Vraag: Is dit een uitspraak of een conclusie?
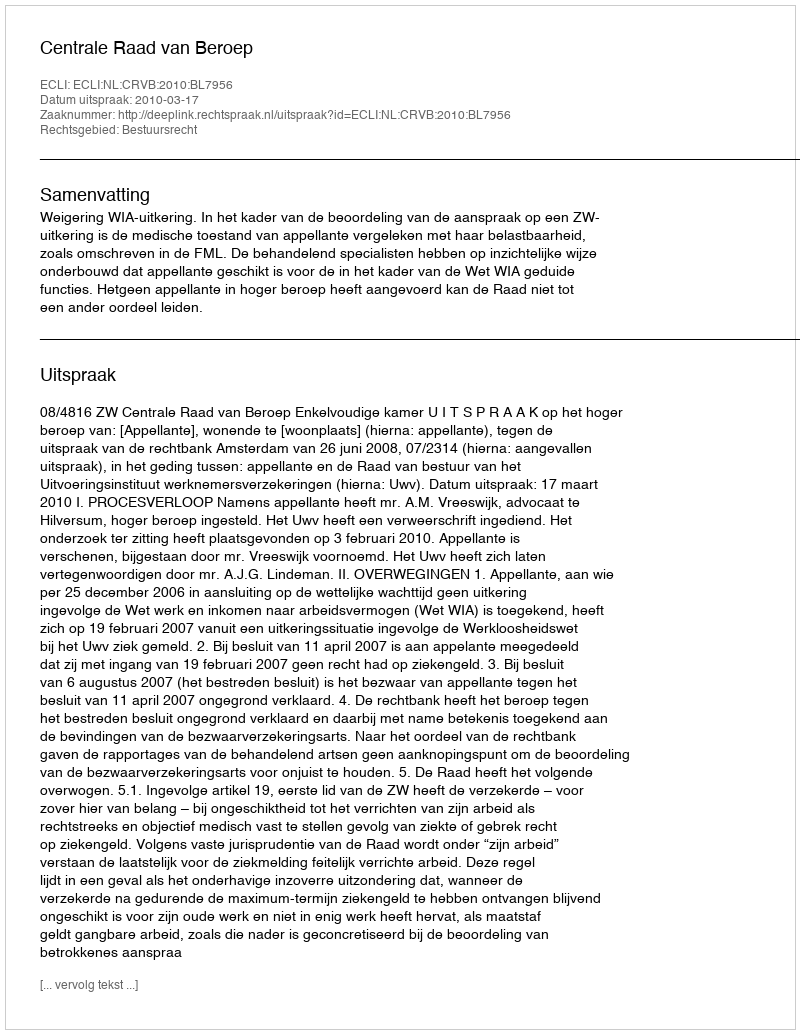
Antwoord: Uitspraak